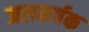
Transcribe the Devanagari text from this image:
जलकर्षक